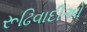
રૂઢિવાદીઓ